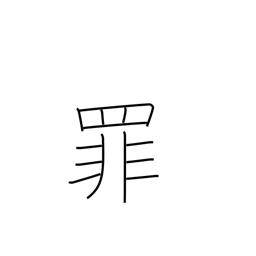
Meaning: crime